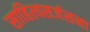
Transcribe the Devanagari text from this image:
साहित्यसर्जसना